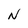
Character: N